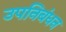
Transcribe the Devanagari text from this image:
उपनिबंधन